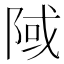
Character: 䧕